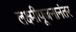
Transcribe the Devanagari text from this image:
लक्ष्मीपूजनानंतर